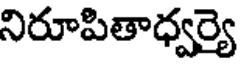
నిరూపితాధ్వర్యె